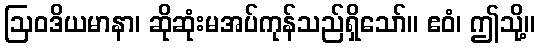
ဩဝဒိယမာနာ၊ ဆိုဆုံးမအပ်ကုန်သည်ရှိသော်။ ဧဝံ၊ ဤသို့။